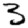
Digit: 3